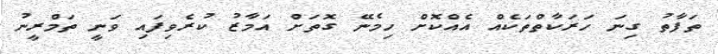
ތަފާތު ގިނަ ހަރަކާތްތަކެއް އެއްކޮށް ހިމެނޭ ގޮތަށް އަމާޒު ކުރެވިފައި ވަނީ ތަމްރީނު